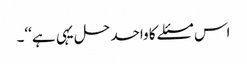
اس مسئلے کا واحد حل یہی ہے‘‘۔